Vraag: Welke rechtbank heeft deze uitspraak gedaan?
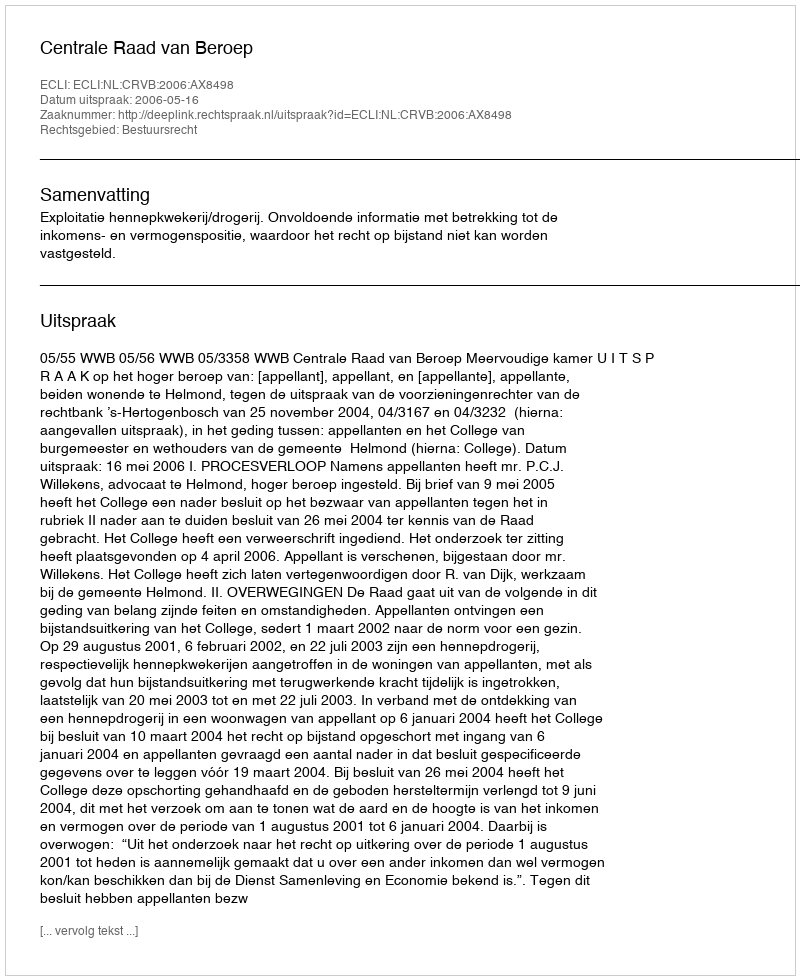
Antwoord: Centrale Raad van Beroep